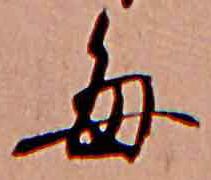
毎